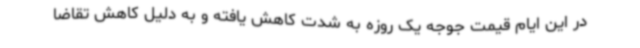
در این ایام قیمت جوجه یک روزه به شدت کاهش یافته و به دلیل کاهش تقاضا